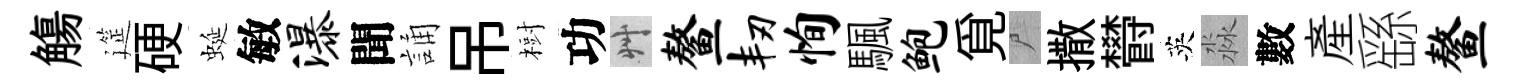
觴筵硬蜒敏瀑聞誦吊𣗳功艸鳌韧恂颿鲍覓尸撒欎英淼數產繇鳌